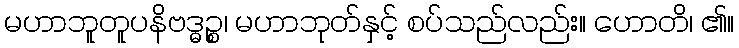
မဟာဘူတူပနိဗဒ္ဓဉ္စ၊ မဟာဘုတ်နှင့် စပ်သည်လည်း။ ဟောတိ၊ ၏။